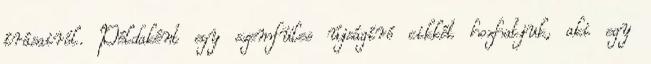
írásairól. Példaként egy szemfüles újságíró cikkét hozhatjuk, aki egy